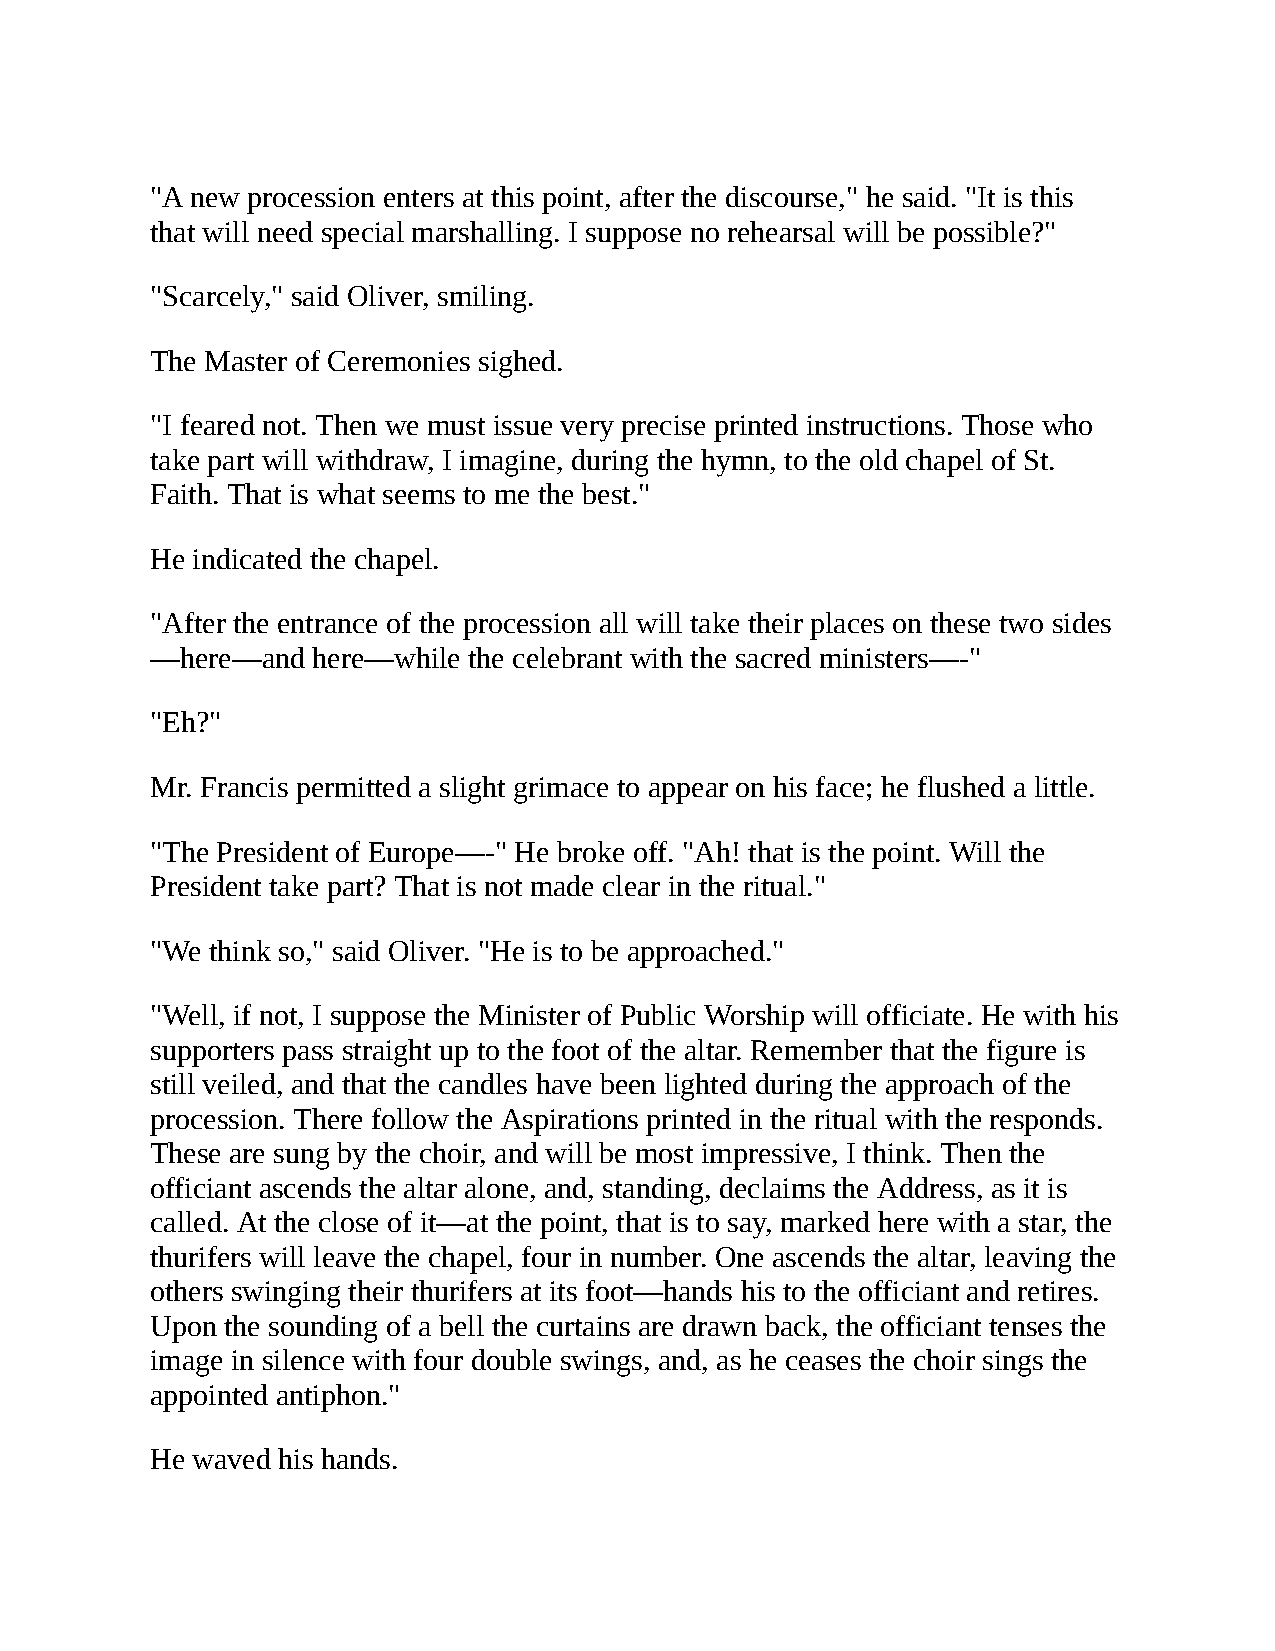
"A new procession enters at this point, after the discourse," he said. "It is this
 that will need special marshalling. I suppose no rehearsal will be possible?"
 "Scarcely," said Oliver, smiling.
 The Master of Ceremonies sighed.
 "I feared not. Then we must issue very precise printed instructions. Those who
 take part will withdraw, I imagine, during the hymn, to the old chapel of St.
 Faith. That is what seems to me the best."
 He indicated the chapel.
 "After the entrance of the procession all will take their places on these two sides
 —here—and  here—while the celebrant with the sacred ministers—-"
 "Eh?"
 Mr. Francis permitted a slight grimace to appear on his face; he flushed a little.
 "The President of Europe—-" He broke off. "Ah! that is the point. Will the
 President take part? That is not made clear in the ritual."
 "We think so," said Oliver. "He is to be approached."
 "Well, if not, I suppose the Minister of Public Worship will officiate. He with his
 supporters pass straight up to the foot of the altar. Remember that the figure is
 still veiled, and that the candles have been lighted during the approach of the
 procession. There follow the Aspirations printed in the ritual with the responds.
 These are sung by the choir, and will be most impressive, I think. Then the
 officiant ascends the altar alone, and, standing, declaims the Address, as it is
 called. At the close of it—at the point, that is to say, marked here with a star, the
 thurifers will leave the chapel, four in number. One ascends the altar, leaving the
 others swinging their thurifers at its foot—hands his to the officiant and retires.
 Upon the sounding of a bell the curtains are drawn back, the officiant tenses the
 image in silence with four double swings, and, as he ceases the choir sings the
 appointed antiphon."
 He waved his hands.